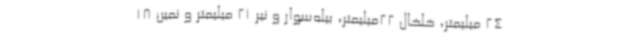
24 میلیمتر، خلخال 22میلیمتر، بیله‌سوار و نیر 21 میلیمتر و نمین 18